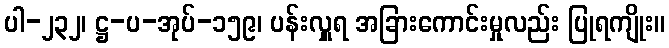
ပါ-၂၃၂၊ ဋ္ဌ-ပ-အုပ်-၁၅၉၊ ပန်းလှူရ အခြားကောင်းမှုလည်း ပြုရကျိုး။